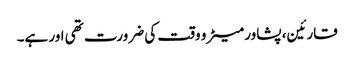
قارئین، پشاور میٹرو وقت کی ضرورت تھی اور ہے۔